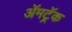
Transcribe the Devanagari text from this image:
ॲमट्रॅक